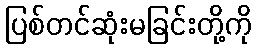
ပြစ်တင်ဆုံးမခြင်းတို့ကို